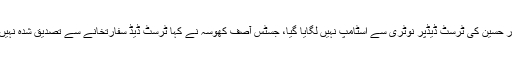
شیخ رشید نے کہا مریم اور حسین کی ٹرسٹ ڈیڈپر نوٹری سے اسٹامپ نہیں لگایا گیا، جسٹس آصف کھوسہ نے کہا ٹرسٹ ڈیڈ سفارتخانے سے تصدیق شدہ نہیں اس لیے اسٹامپ نہیں لگا۔